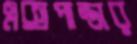
এক্সপান্ডার